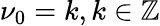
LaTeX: \nu_{0}=k,k\in\mathbb{Z}